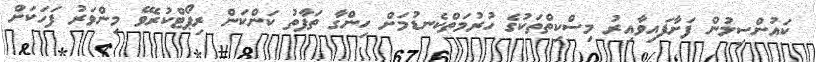
ކައުންސިލުން ފަށާފައިވާއިރު މިސްކިތްތަކުގެ ހުރުމަތްކެނޑުމަށް ހިންގާ ތަފާތު ކަންކަން ރިޕޯޓްކުރެވޭ މިންވަރު ފަހަކަށް